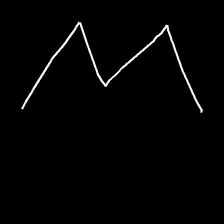
Glyph: crush